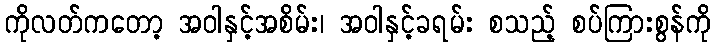
ကိုလတ်ကတော့ အဝါနှင့်အစိမ်း၊ အဝါနှင့်ခရမ်း စသည့် စပ်ကြားစွန်ကို